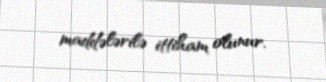
maddələrilə ittiham olunur.